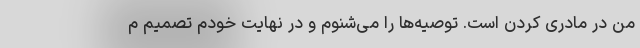
من در مادری کردن است. توصیه‌ها را می‌شنوم و در نهایت خودم تصمیم م